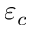
\varepsilon _ { c }